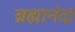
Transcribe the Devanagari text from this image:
ब्रह्मानंदा